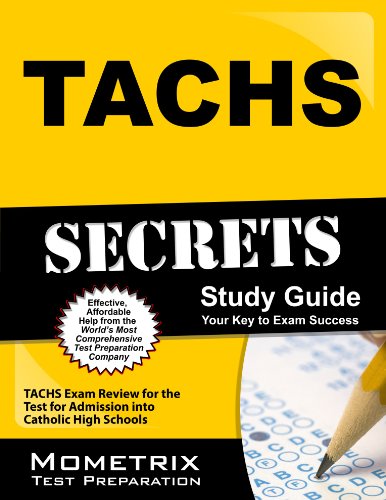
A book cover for TACHS Secrets Study Guide: TACHS Exam Review for the Test for Admission into Catholic High Schools; TACHS Exam Secrets Test Prep Team; Test Preparation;